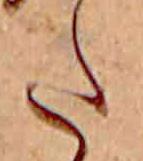
た